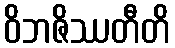
ဝိဘဇိဿတီတိ